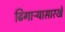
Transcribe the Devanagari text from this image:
ढिगाऱ्यासारखे